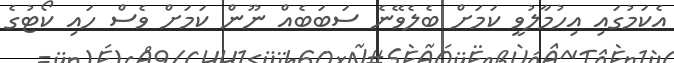
އެކަމުގައި އިހުމާލުވީ ކަމަށް ބެލެވޭނެ ސަބަބެއް ނޫން ކަމަށް ވެސް ހައި ކޯޓުގެ